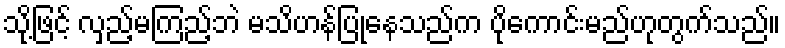
သို့ဖြင့် လှည့်မကြည့်ဘဲ မသိဟန်ပြုနေသည်က ပိုကောင်းမည်ဟုတွက်သည်။